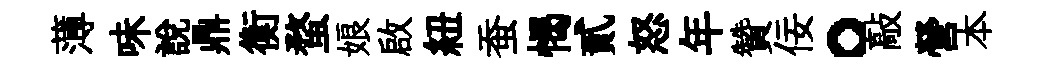
薄味說鼎衡蝥娘啟紐蚕愒貳怒年贊佞。敲營本